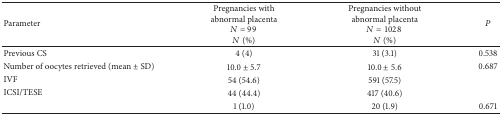
| Parameter | Pregnancies with abnormal placenta N = 99 N (%) | Pregnancies without abnormal placenta N = 1028 N (%) | P |
 | --- | --- | --- | --- |
 | Previous CS | 4 (4) | 31 (3.1) | 0.538 |
 | Number of oocytes retrieved (mean ± SD) | 10.0 ± 5.7 | 10.0 ± 5.6 | 0.687 |
 | IVF | 54 (54.6) | 591 (57.5) |  |
 | ICSI/TESE | 44 (44.4) | 417 (40.6) |  |
 |  | 1 (1.0) | 20 (1.9) | 0.671 |